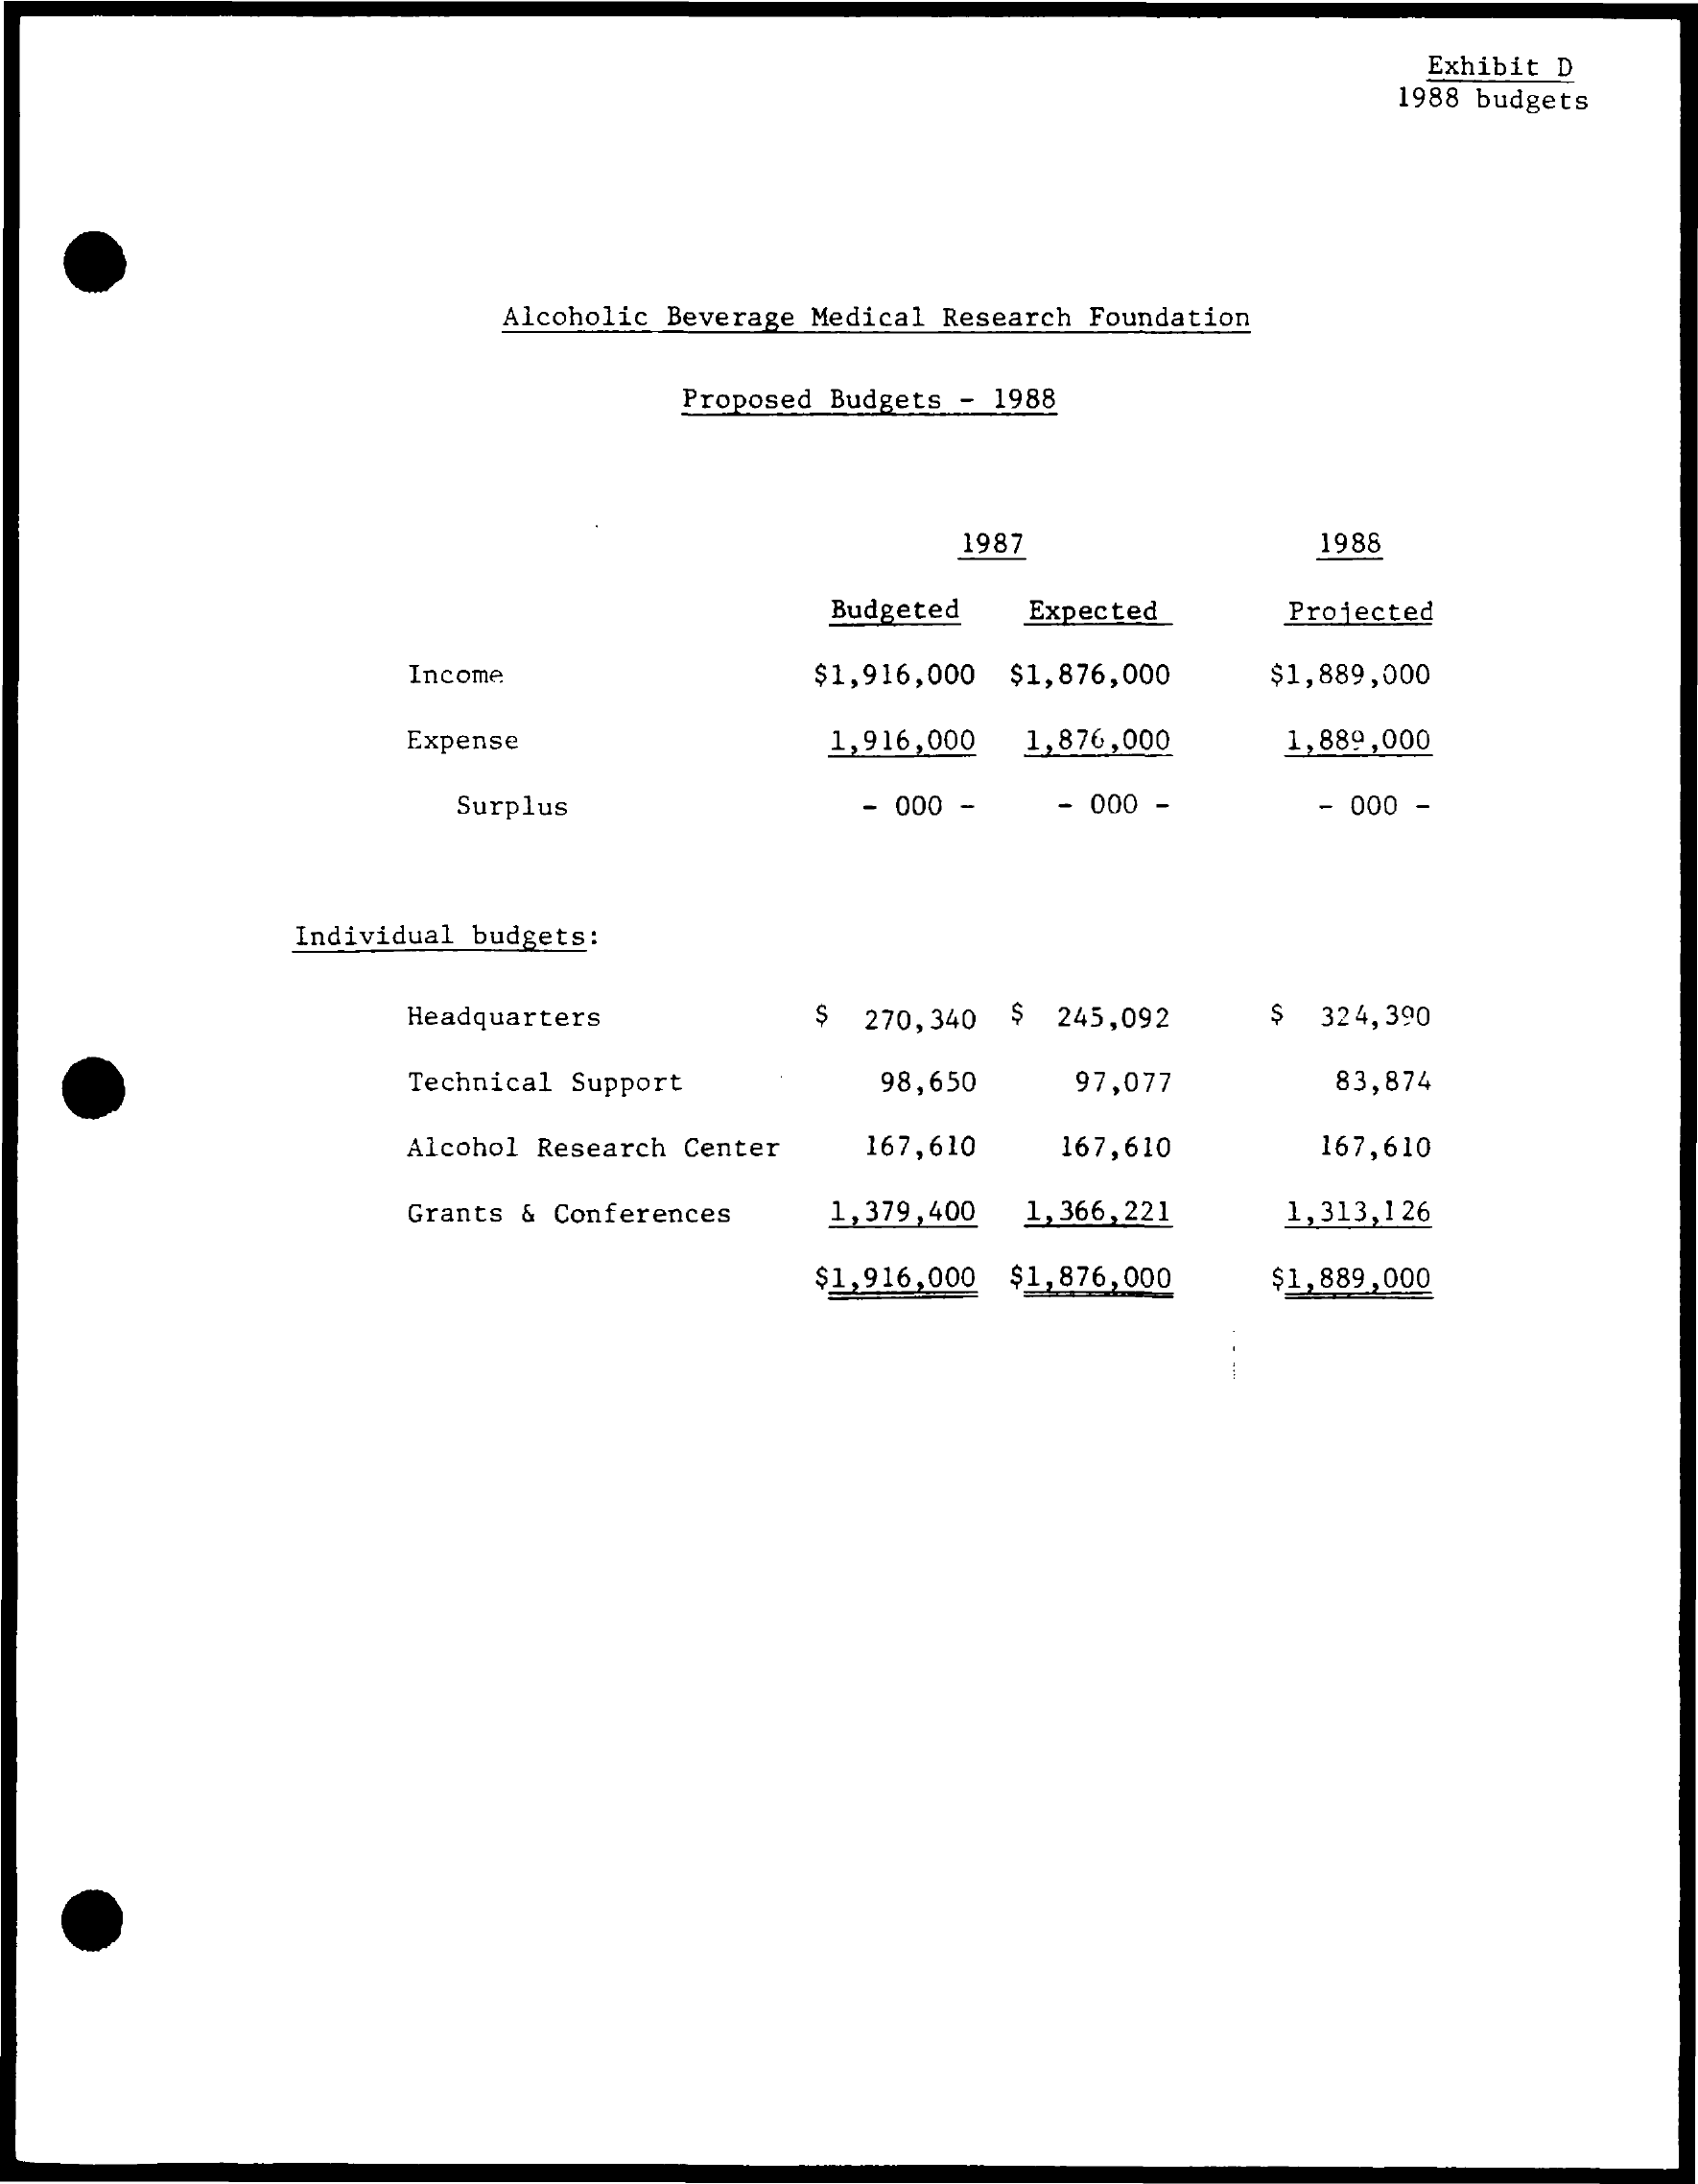
Exhibit D
     1988 budgets
     Alcoholic Beverage Medical Research Foundation
     Proposed Budgets - 1988
     1987    1988
     Budgeted Expected   Projected
     Income    $1,916,000 $1, 876,000 $1,889,000
     Expense    1,916,000 1,876,000 1,889,000
     Surplus    - 000 -   000 -    - 000 -
     Individual budgets:
     Headquarters    S 270,340 $ 245,092 $ 324,390
     Technical Support    98,650   97,077    83,874
     Alcohol Research Center 167,610 167,610 167,610
     Grants & Conferences 1,379,400 1,366,221 1,313,126
     $1,916,000 $1,876,000 $1,889,000